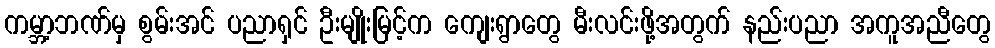
ကမ္ဘာ့ဘဏ်မှ စွမ်းအင် ပညာရှင် ဦးမျိုးမြင့်က ကျေးရွာတွေ မီးလင်းဖို့အတွက် နည်းပညာ အကူအညီတွေ